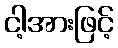
ငါ့အားဖြင့်